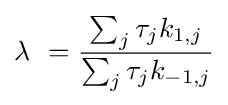
\lambda _{\ }={\frac {\sum _{j}\tau _{j}k_{1,j}}{\sum _{j}\tau _{j}k_{-1,j}}}